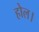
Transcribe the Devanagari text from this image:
होल।